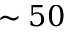
\sim 5 0